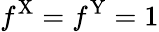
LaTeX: f^{\mathrm{X}}=f^{\mathrm{Y}}=1